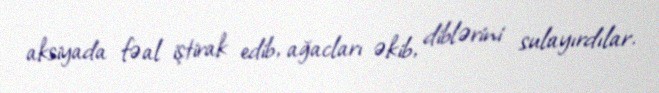
aksiyada fəal iştirak edib, ağacları əkib, diblərini sulayırdılar.